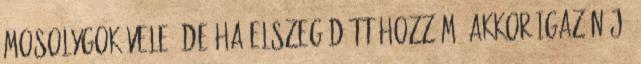
Mosolygok Vele, de ha elszegődött hozzám, akkor igazán jó